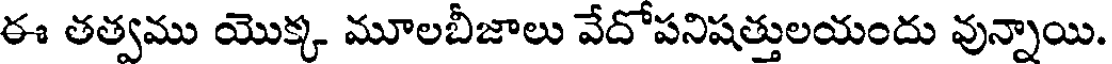
ఈ తత్వము యొక్క మూలబీజాలు వేదోపనిషత్తులయందు వున్నాయి.